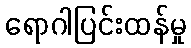
ရောဂါပြင်းထန်မှု